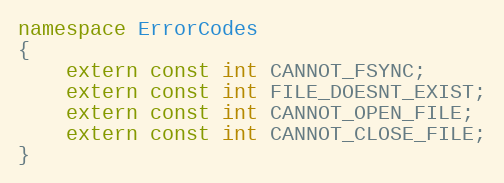
Language: C++
namespace ErrorCodes
{
    extern const int CANNOT_FSYNC;
    extern const int FILE_DOESNT_EXIST;
    extern const int CANNOT_OPEN_FILE;
    extern const int CANNOT_CLOSE_FILE;
}